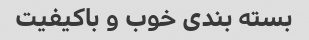
بسته بندی خوب و باکیفیت